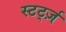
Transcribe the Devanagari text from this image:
स्टर्ट्ज़